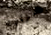
شرابه